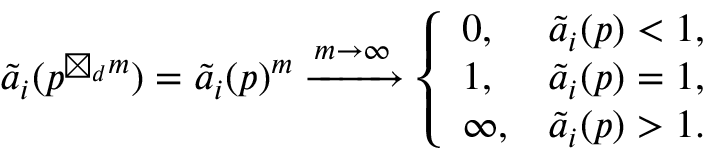
\begin{array} { r } { \widetilde { a } _ { i } ( p ^ { \boxtimes _ { d } m } ) = \widetilde { a } _ { i } ( p ) ^ { m } \xrightarrow { m \rightarrow \infty } \left\{ \begin{array} { l l } { 0 , } & { \widetilde { a } _ { i } ( p ) < 1 , } \\ { 1 , } & { \widetilde { a } _ { i } ( p ) = 1 , } \\ { \infty , } & { \widetilde { a } _ { i } ( p ) > 1 . } \end{array} \right. } \end{array}